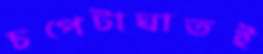
চপেটাঘাতই